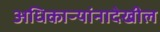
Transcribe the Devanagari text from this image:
अधिकाऱ्यांनादेखील